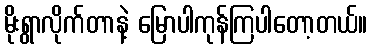
မိုးရွာလိုက်တာနဲ့ မြောပါကုန်ကြပါတော့တယ်။